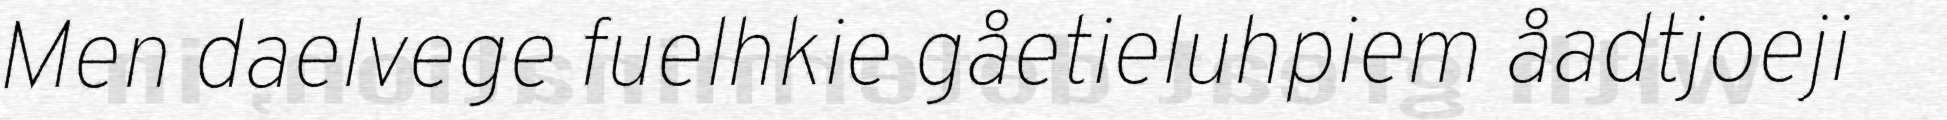
Men daelvege fuelhkie gåetieluhpiem åadtjoeji